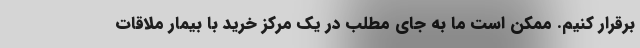
برقرار کنیم. ممکن است ما به جای مطلب در یک مرکز خرید با بیمار ملاقات